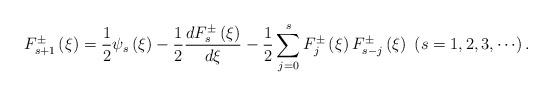
LaTeX: \begin{align*}F_{s+1}^{\pm }\left( \xi \right) ={\dfrac{1}{2}}\psi _{s}\left( \xi \right) -{\dfrac{1}{2}}\frac{dF_{s}^{\pm }\left( \xi \right) }{d\xi }-{\dfrac{1}{2}}\sum\limits_{j=0}^{s}{F_{j}^{\pm }\left( \xi \right) F_{s-j}^{\pm }\left(\xi \right) }\ \left( {s=1,2,3,\cdots }\right) . \end{align*}